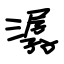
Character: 潺